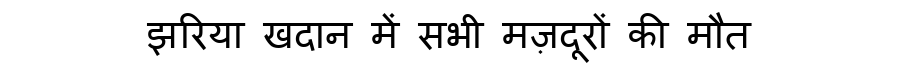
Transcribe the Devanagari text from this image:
झरिया खदान में सभी मज़दूरों की मौत